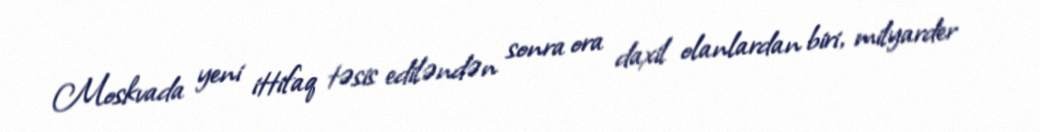
Moskvada yeni ittifaq təsis ediləndən sonra ora daxil olanlardan biri, milyarder